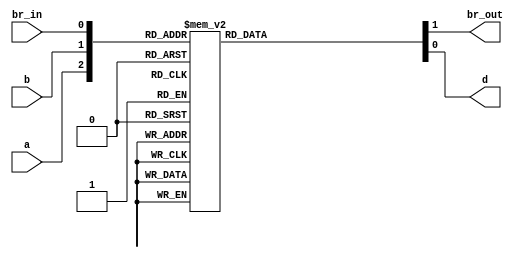
`timescale 1ns / 1ps
//////////////////////////////////////////////////////////////////////////////////
// Company: 
// 
// Design Name: Full Subtractor Behavioral
// Module Name: Full_Subtractor_Behavioral
// Project Name: 
// Target Devices: 
// Tool Versions: Vivado 2021.2
// Description: 
// 
// Dependencies: 
// 
// Revision:
// Revision 0.01 - File Created
// Additional Comments:
// 
//////////////////////////////////////////////////////////////////////////////////


module Full_Subtractor_Behavioral(
    br_out,     // borrow out
    d,          // difference
    a,          // a
    b,          // b
    br_in       // borrow in
    );
   
    output reg br_out;
    output reg d;
    input a;
    input b;
    input br_in;
    
    always@(*)
    begin
        case({a, b, br_in})
            3'b000:
                begin
                    d = 1'b0;
                    br_out = 1'b0;
                end
            3'b001:
                begin
                    d = 1'b1;
                    br_out = 1'b1;
                end
            3'b010:
                begin
                    d = 1'b1;
                    br_out = 1'b1;
                end
            3'b011:
                begin
                    d = 1'b0;
                    br_out =1'b1;
                end 
            3'b100:
                begin
                    d = 1'b1;
                    br_out = 1'b0;
                end
            3'b101:
                begin
                    d = 1'b0;
                    br_out = 1'b0;
                end
            3'b110:
                begin
                    d = 1'b0;
                    br_out = 1'b0;
                end
            3'b111:
                begin
                    d = 1'b1;
                    br_out = 1'b1;
                end
        endcase
    end
endmodule